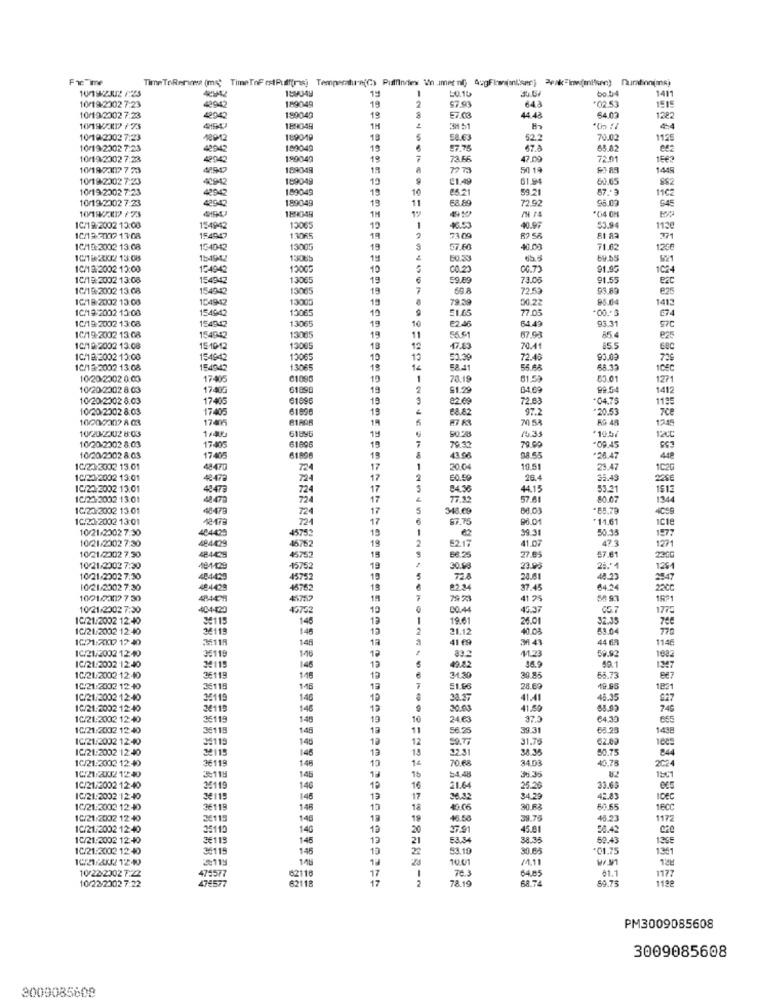
FicTime
Time ToRennes (ms TimeTo Pull(rs) Temperature(C) Puffindes Vn ment AgFiantser) pak=(mis) Duration(s)
14
50.15
bo.04
1411
189049
$7.93
643
+02.53
10/19/2002 7:23
42942
19
2
1515
10/19/2002 7:23
42942
189049
19
E7.03
44 43
64.03
1382
10/19/2012 / 73
184049
1H
3851
4.4
10/19 2002 7:23
189019
19
58.63
52.2
70.02
1125
10/19/2002 7:23
42942
189049
19
97.75
67.8
65.82
10/19/2002 7:23
4294
199049
19
7
73.58
47.09
72.01
10/19/2307 7 73
189049
18
50 19
1449
10/19/2302 7:23
40942
189049
19
C1.49
61.9
60.65
10 19/2002 7:23
4292
189049
19
10
65.21
59.21
57 .- 3
1162
10/19/2002 7:23
42942
189049
13
11
72.92
96.09
SAE
10/192-11 /73
1H
12
1C/19 2002 15:00
154942
13065
19
1
73.00
46.53
40.97
53.94
1130
1C/9-2007 13:08
154947
1.3065
19
51 83
1C/19:3002 13:08
154042
13005
19
57760
40.03
71.62
1200
10/E 20X2 13:08
154942
1308b
19
89.55
821
IC/19:2002 12:00
124942
12005
10
C0.23
00.7
91.95
1024
1C/19-2002 13:08
154942
13065
19
6
59.69
73.05
91.55
1C/19-2002 13:08
154942
13065
19
7
72.53
93.89
€25
IC/18- 2002 13:08
104942
13005
19
79 .59
50.22
95.04
1413
1C/19:2002 13:08
154942
13065
19
77.05
€74
1C/19-2002 13:08
154942
19
10
13065
€2-46
64.49
93.31
57C
1C/19-2002 13:08
1.4942
13065
19
11
55.61
67.9
85.4
e25
1C/19-2002 13:08
151012
13065
18
12
17.83
70.41
85.5
IC/18-2002 13:00
154942
12065
10
50.39
72.48
93.09
729
1C/13-2002 13:08
154942
13065
19
14
58.41
68.33
10EC
10/20-2002 0 03
17:405
61090
10
1
70.19
61.53
53.01
1271
10/20/2302 8:03
17405
61890
19
2
$1.29
04.6
99.54
1412
10/20-2002 8:03
17405
61896
19
3
82.69
72.6
-04.75
1195
10/20/2002 8:03
17405
51896
19
97.2
*20.53
7ce
10000307 8 03
17405
8G 48
124
10/20/202 8:03
10/20-2302 8:03
1/400
19
50.28
10.33
*105/
17405
61006
19
70 3
79.09
.09.4
10/20/2002 8:03
17405
61896
15
43.98
+28.47
1C/20:3032 13.01
48470
724
17
1
200
10.51
23.47
1020
1C/12002 13:01
42479
724
17
2
60.59
26.4
35.49
25€
IC/23-2002 13:01
48473
724
17
84.56
44.15
53.21
1512
1C/21:2002 13:01
48479
724
77.32
57.6
80.0
134
10/24 3002 13.01
48479
724
17
5
348.69
88.03
-85.79
4059
10/20-2002 13:01
721
17
$7.75
96.01
+11.61
ICle
10/21/2002 7:30
404429
45752
19
1
62
39.31
50.3
1977
10/21/2002 7:30
4944229
19
2
52.17
41.07
47.3
10/21/2302 7.30
484425
46762
1271
45752
19
66.25
27.05
57.61
230G
10/21/2002 7:30
484/1229
15752
19
30.68
23.93
25.11
1261
10/21/2002 7.30
494429
45752
19
72.8
28.61
48.23
2847
10/21/2302 7:30
484428
45762
18
82.3
37.45
64.24
1021/2307 7 30
4448
45759
7
79 23
41 25
1991
10/21/2002 7:30
404-4020
16752
10
00.44
45.37
05.7
1775
IC/21/2002 12:40
34115
148
13
19.6
26.01
32.35
1C/21/2002 12:40
34119
146
12
21.1
40.08
53.04
776
1671:20177 17 40
35119
148
13
41 €9
M 43
44 62
1140
1C/21.2002 1240
35119
59.92
IC/21:2002 12:40
1.45
10
83.2
11.23
90.1
1082
34115
148
12
49.22
36.9
1247
10/21/2002 12:40
36119
146
19
34.3
39.85
55.73
1C:21:2002 12:40
35115
28.6
19.98
18:1
IC/21/2002 12:40
34119
140
19
30.37
41.41
48.35
827
1C/21:2002 12:40
34119
146
30.03
41.59
740
1C/21:2002 12:40
35119
146
19
10
24.63
37.5
64.30
655
10/21:2002 12:40
35118
148
13
56.25
39.31
63.23
1438
1C/21/2002 12:40
34119
140
1ª
12
59.77
31.75
62.00
IC/21:2002 12:40
24115
148
19
15
22:31
38.36
50.75
844
1C/21:3002 12:40
36119
14
70.68
34.03
40.78
2024
IC21/20021240
3-11H
148
10
36.35
82
145
13
1b
54.48
1501
1C/21/2002 12:40
35119
140
16
21.64
25.20
33.65
IC/21:2002 12:40
3€115
145
19
17
36.42
34.2
42.83
IDEC
1C/21:3002 12: 40
36119
146
10
18
30.83
60.65
16CC
1C/21/2032 12: 40
26115
148
18
19
46.58
39.75
43.23
1172
IC/21:2002 12:40
26110
14G
19
20
37.91
45.81
58.42
10/21:2002 12:40
3€115
145
13
21
53.34
38.35
59.43
1C/21.2002 12:40
35115
145
13
53.10
30.65
+01.75
1341
ARL
102/202 1240
30119
13
10.01
/4.11
10 22-2002 7:22
475577
64.85
1177
10/22/2002 7:22
62118
17
47
2
78.19
58.74
89.75
1192
47€577
62118
PM3009085608
3009085608
3009085608